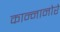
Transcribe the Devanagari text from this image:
कान्नानोरे